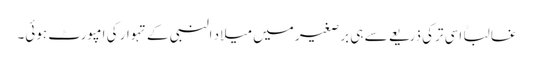
غالباً اسی ترکی ذریعے سے ہی برصغیر میں میلاد النبی کے تہوار کی امپورٹ ہوئی۔